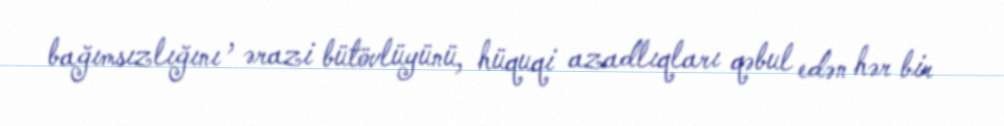
bağımsızlığını , ərazi bütövlüyünü, hüquqi azadlıqları qəbul edən hər bir